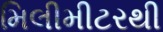
મિલીમીટરથી